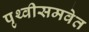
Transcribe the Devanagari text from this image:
पृथ्वीसमवेत